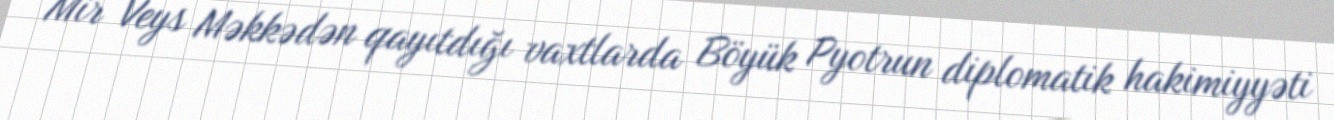
Mir Veys Məkkədən qayıtdığı vaxtlarda Böyük Pyotrun diplomatik hakimiyyəti